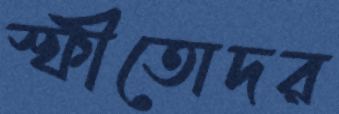
স্ফীতোদর